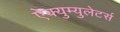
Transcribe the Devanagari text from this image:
ऐक्युम्युलेटर्स